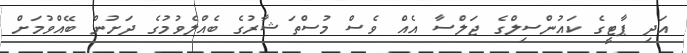
އަދި ޕާޓީގެ ކައުންސިލްގެ ޖަލްސާ އެއް ވެސް މުސްތަޝާރުގެ ބެއްލެވުމުގެ ދަށުން ބޭއްވުމަށް